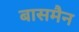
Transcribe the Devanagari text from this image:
बासमैन